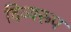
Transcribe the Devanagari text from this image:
दिव्यरूप